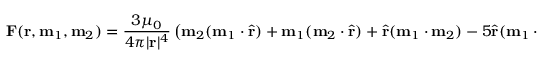
\mathbf { F } ( \mathbf { r } , \mathbf { m } _ { 1 } , \mathbf { m } _ { 2 } ) = { \frac { 3 \mu _ { 0 } } { 4 \pi | \mathbf { r } | ^ { 4 } } } \left( \mathbf { m } _ { 2 } ( \mathbf { m } _ { 1 } \cdot { \hat { \mathbf { r } } } ) + \mathbf { m } _ { 1 } ( \mathbf { m } _ { 2 } \cdot { \hat { \mathbf { r } } } ) + { \hat { \mathbf { r } } } ( \mathbf { m } _ { 1 } \cdot \mathbf { m } _ { 2 } ) - 5 { \hat { \mathbf { r } } } ( \mathbf { m } _ { 1 } \cdot { \hat { \mathbf { r } } } ) ( \mathbf { m } _ { 2 } \cdot { \hat { \mathbf { r } } } ) \right) ,